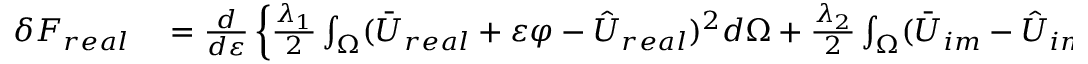
\begin{array} { r l } { \delta F _ { r e a l } } & { { } = \frac { d } { d \varepsilon } \left\{ \frac { \lambda _ { 1 } } { 2 } \int _ { \Omega } ( \bar { U } _ { r e a l } + \varepsilon \varphi - \hat { U } _ { r e a l } ) ^ { 2 } d \Omega + \frac { \lambda _ { 2 } } { 2 } \int _ { \Omega } ( \bar { U } _ { i m } - \hat { U } _ { i m } ) ^ { 2 } d \Omega \right. } \end{array}